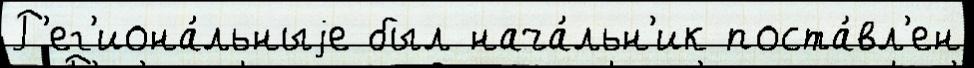
Р'ег'иона́льныjе был нача́льн'ик поста́вл'ен